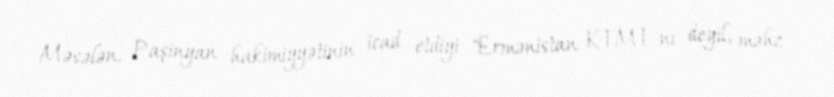
Məsələn, Paşinyan hakimiyyətinin icad etdiyi "Ermənistan KTMT-nı deyil, məhz